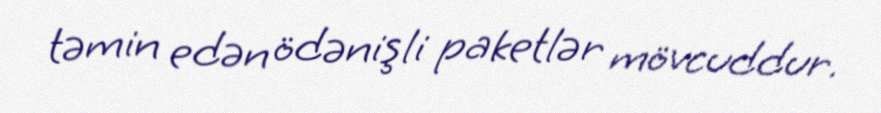
təmin edən ödənişli paketlər mövcuddur.